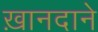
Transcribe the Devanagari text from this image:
ख़ानदाने